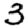
Digit: 3